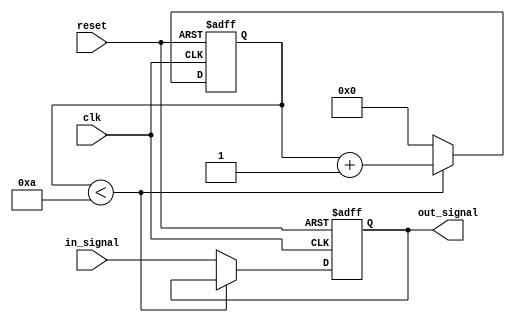
module rc_delay(
  input wire clk,
  input wire reset,
  input wire in_signal,
  output reg out_signal
);

parameter delay = 10; // Delay in simulation time units

reg [31:0] count;

always @(posedge clk or posedge reset) begin
  if (reset) begin
    count <= 0;
    out_signal <= 0;
  end else begin
    if (count < delay) begin
      count <= count + 1;
    end else begin
      count <= 0;
      out_signal <= in_signal;
    end
  end
end

endmodule